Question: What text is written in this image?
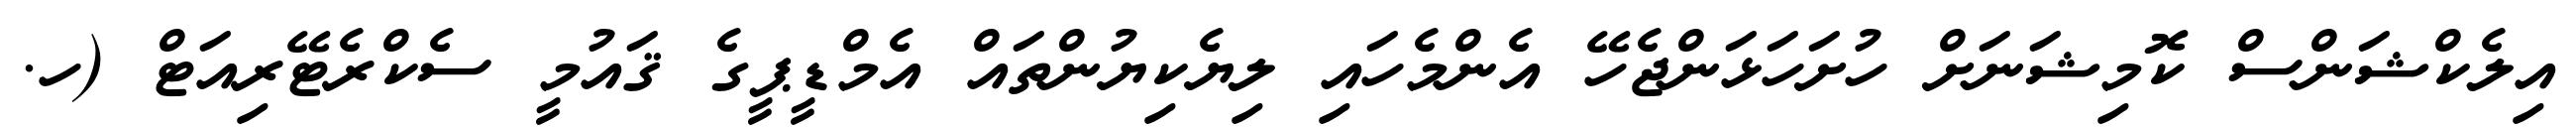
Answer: އިލެކްޝަންސް ކޮމިޝަނަށް ހުށަހަޅަންޖެހޭ އެންމެހައި ލިޔެކިޔުންތައް އެމްޑީޕީގެ ޤައުމީ ސެކްރެޓޭރިއަޓް (ހ.